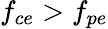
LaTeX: f_{ce}>f_{pe}